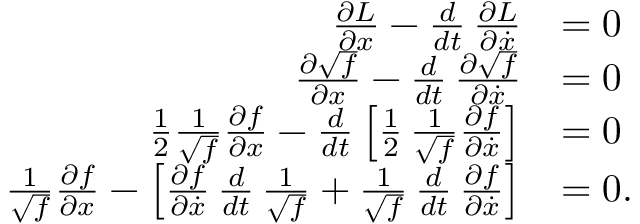
\begin{array} { r l } { \frac { \partial L } { \partial x } - \frac { d } { d t } \, \frac { \partial L } { \partial \dot { x } } } & { = 0 } \\ { \frac { \partial \sqrt { f } } { \partial x } - \frac { d } { d t } \, \frac { \partial \sqrt { f } } { \partial \dot { x } } } & { = 0 } \\ { \frac 1 2 \frac { 1 } { \sqrt { f } } \frac { \partial f } { \partial x } - \frac { d } { d t } \left[ \frac 1 2 \, \frac { 1 } { \sqrt { f } } \frac { \partial f } { \partial \dot { x } } \right] } & { = 0 } \\ { \frac { 1 } { \sqrt { f } } \frac { \partial f } { \partial x } - \left[ \frac { \partial f } { \partial \dot { x } } \, \frac { d } { d t } \, \frac { 1 } { \sqrt { f } } + \frac { 1 } { \sqrt { f } } \, \frac { d } { d t } \, \frac { \partial f } { \partial \dot { x } } \right] } & { = 0 . } \end{array}